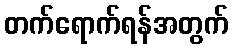
တက်ရောက်ရန်အတွက်